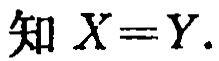
知 \(X = Y\).